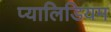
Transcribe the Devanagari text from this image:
प्यालिडियम